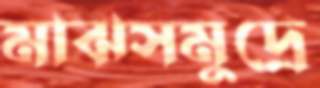
মাঝসমুদ্রে